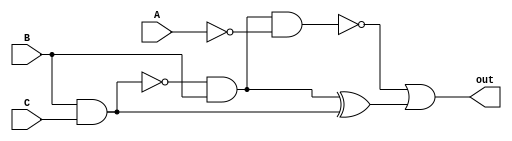
module fig_2(input A, input B, input C, output out);
  wire outNotA, outNandBC, outAndA, outNotC,outAndBC, outNotAndA,outXor, out;
  
  not(outNotA, A);
  nand(outNandBC, B,C);
  not(outNotC, outNandBC);
  and(outAndBC, outNandBC, B);
  and(outAndA, outAndBC, outNotA);
  not(outNotAndA, outAndA);
  xor(outXor, outAndBC, outNotC);
  or(out, outNotAndA, outXor);
  
  
endmodule